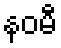
နဝမီ